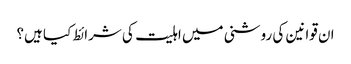
ان قوانین کی روشنی میں اہلیت کی شرائط کیا ہیں؟